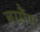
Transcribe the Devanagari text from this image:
बरसैंया